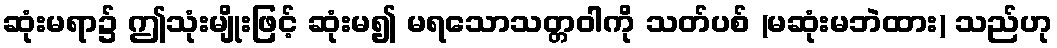
ဆုံးမရာ၌ ဤသုံးမျိုးဖြင့် ဆုံးမ၍ မရသောသတ္တဝါကို သတ်ပစ် (မဆုံးမဘဲထား) သည်ဟု